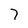
Character: 7